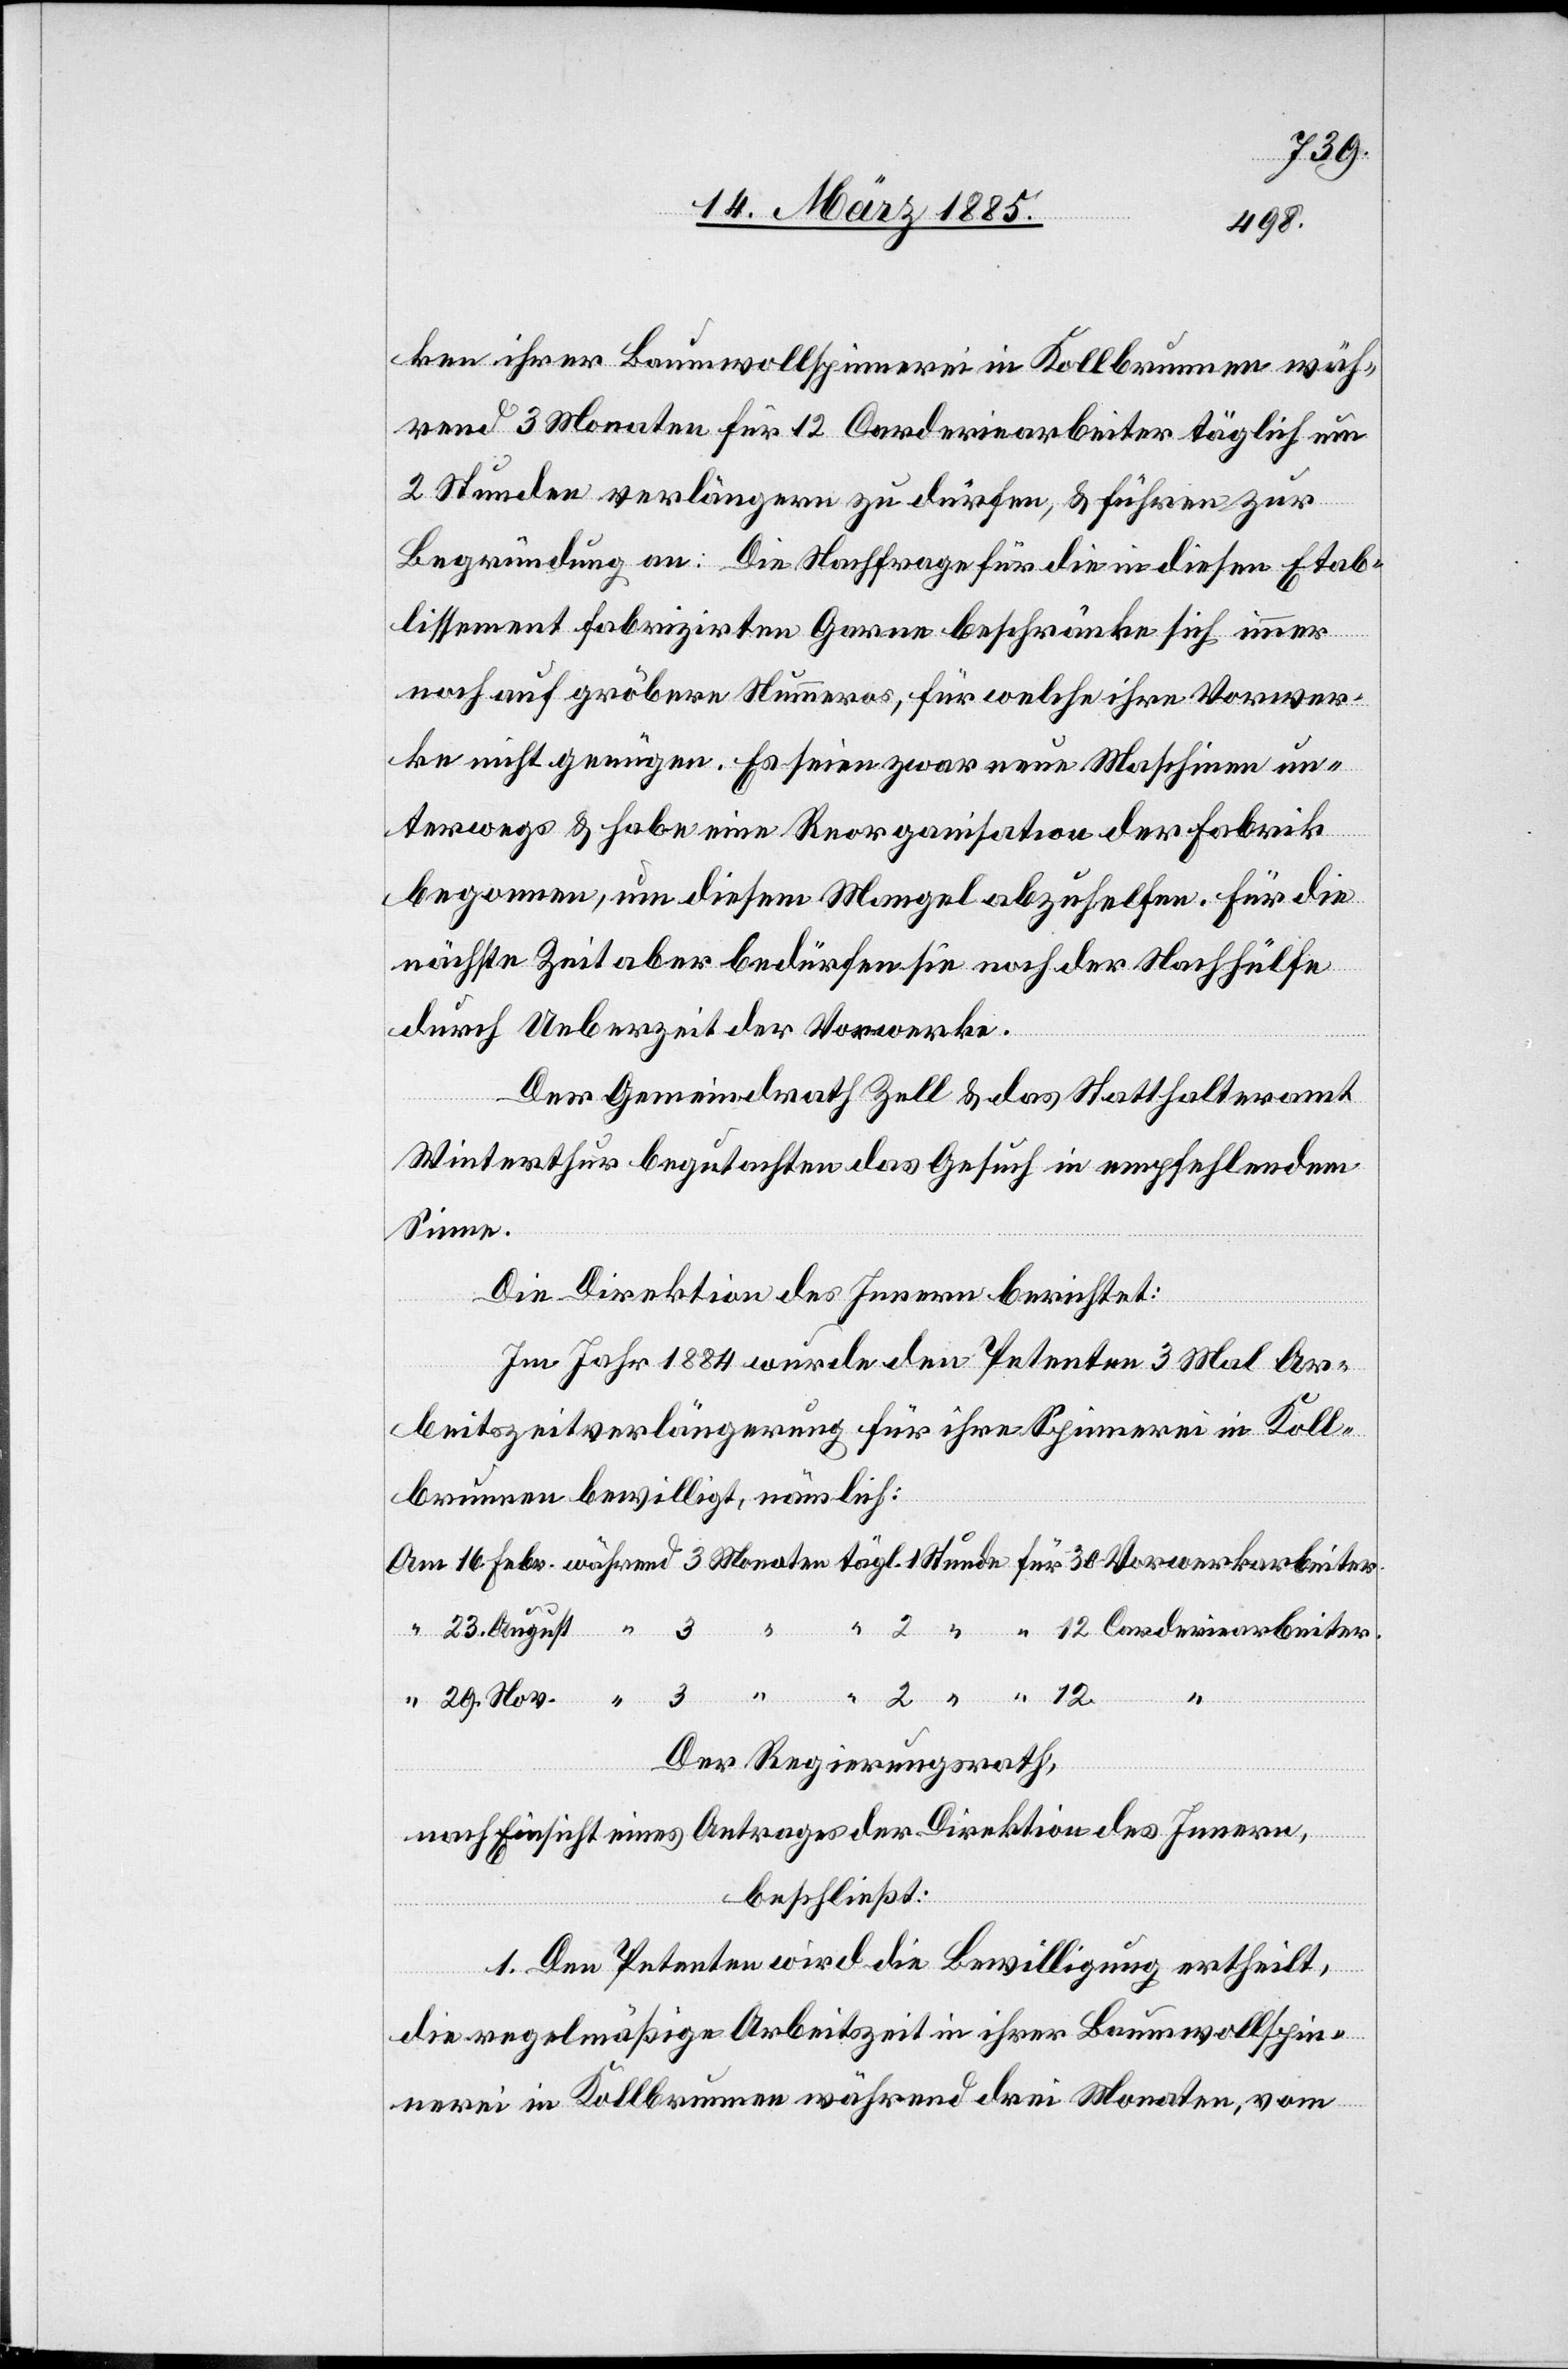
ken ihrer Baumwollspinnerei in Kollbrunnen wäh¬
rend 3 Monaten für 12 Carderiearbeiter täglich um
2 Stunden verlängern zu dürfen, & führen zu
Begründung an: Die Nachfrage für die in diesen Etab¬
lissement fabrizirten Garne beschränke sich immer
noch auf gröbere Nummeros, für welche ihre Vorwer¬
ke nicht genügen. Es seien zwar neue Maschinen un¬
terwegs & habe eine Reorganisation der Fabrik
begonnen, um diesem Mangel abzuhelfen. Für die
nächste Zeit aber bedürfen sie noch der Nachhülfe
durch Ueberzeit der Vorwerke.
Der Gemeindrath Zell & das Statthalteramt
Winterthur begutachten das Gesuch in empfehlendem
Sinne.
Die Direktion des Innern berichtet:
Im Jahr 1884 wurde den Petenten 3 Mal Ar¬
beitszeitverlängerung für ihre Spinnerei in Koll¬
brunnen bewilligt, nämlich:
Am 16. Febr. während 3 Monaten tägl. 1 Stunde für 30 Vorwerkarbeiter.
“ 2 “ “ 12 Carderiearbeiter.
“ 29. August “ 3
2
12
Der Regierungsrath,
nach Einsicht eines Antrages der Direktion des Innern,
beschließt:
1. Den Petenten wird die Bewilligung ertheilt,
die regelmäßige Arbeitszeit in ihrer Baumwollspin¬
nerei in Kollbrunnen während drei Monaten, vom